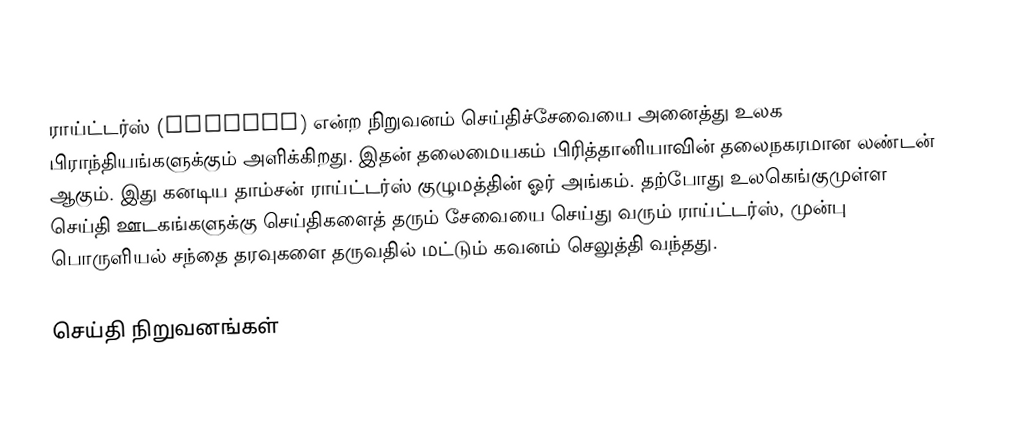
ராய்ட்டர்ஸ் (Reuters) என்ற நிறுவனம் செய்திச்சேவையை அனைத்து உலக பிராந்தியங்களுக்கும் அளிக்கிறது. இதன் தலைமையகம் பிரித்தானியாவின் தலைநகரமான லண்டன் ஆகும். இது கனடிய தாம்சன் ராய்ட்டர்ஸ் குழுமத்தின் ஓர் அங்கம். தற்போது உலகெங்குமுள்ள செய்தி ஊடகங்களுக்கு செய்திகளைத் தரும் சேவையை செய்து வரும் ராய்ட்டர்ஸ், முன்பு பொருளியல் சந்தை தரவுகளை தருவதில் மட்டும் கவனம் செலுத்தி வந்தது.

செய்தி நிறுவனங்கள்